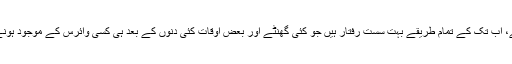
البتہ، وائرس کی شناخت کرنے والے، اب تک کے تمام طریقے بہت سست رفتار ہیں جو کئی گھنٹے اور بعض اوقات کئی دنوں کے بعد ہی کسی وائرس کے موجود ہونے یا نہ ہونے کی تصدیق کرتے ہیں۔